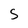
Character: S